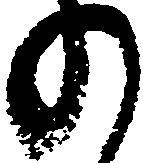
の